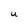
Character: U